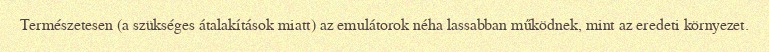
Természetesen (a szükséges átalakítások miatt) az emulátorok néha lassabban működnek, mint az eredeti környezet.